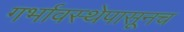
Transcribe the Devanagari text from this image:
गर्भावस्थेपासूनच